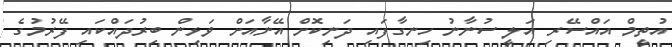
އުތީމް އައްސޭރި އަލީ ސުނާނު ހިނގާފައި ދަނިކޮށް އޭނާއަށް ވަޅިން ބިރުދައްކައި ފޭރުމުގެ